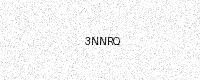
Text: 3NNRQ